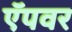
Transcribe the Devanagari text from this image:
ऍपवर